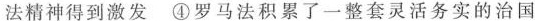
法精神得到激发 ④罗马法积累了一整套灵活务实的治国